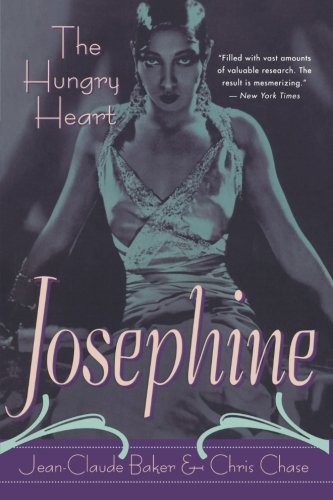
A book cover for Josephine: The Hungry Heart; Jean-Claude Baker; Biographies & Memoirs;